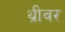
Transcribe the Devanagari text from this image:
थ्रीवर